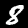
Label: 8